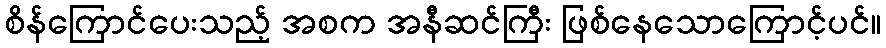
စိန်ကြောင်ပေးသည့် အစက အနီဆင်ကြီး ဖြစ်နေသောကြောင့်ပင်။